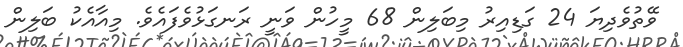
ވޭތުވެދިޔަ 24 ގަޑިއިރު މިބަލިން 68 މީހުން ވަނީ ރަނގަޅުވެފައެވެ. މިއާއެކު ބަލިން